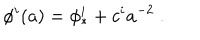
\phi ^ { i } ( a ) = \phi _ { * } ^ { i } + c ^ { i } a ^ { - 2 } \ .